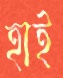
হাই